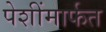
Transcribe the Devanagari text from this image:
पेशींमार्फत